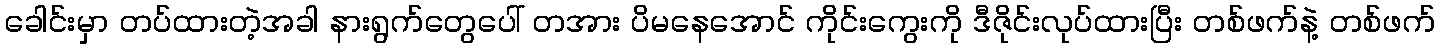
ခေါင်းမှာ တပ်ထားတဲ့အခါ နားရွက်တွေပေါ် တအား ပိမနေအောင် ကိုင်းကွေးကို ဒီဇိုင်းလုပ်ထားပြီး တစ်ဖက်နဲ့ တစ်ဖက်